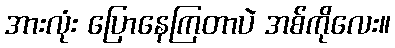
အားလုံး ပြောနေကြတာပဲ အစ်ကိုလေး။